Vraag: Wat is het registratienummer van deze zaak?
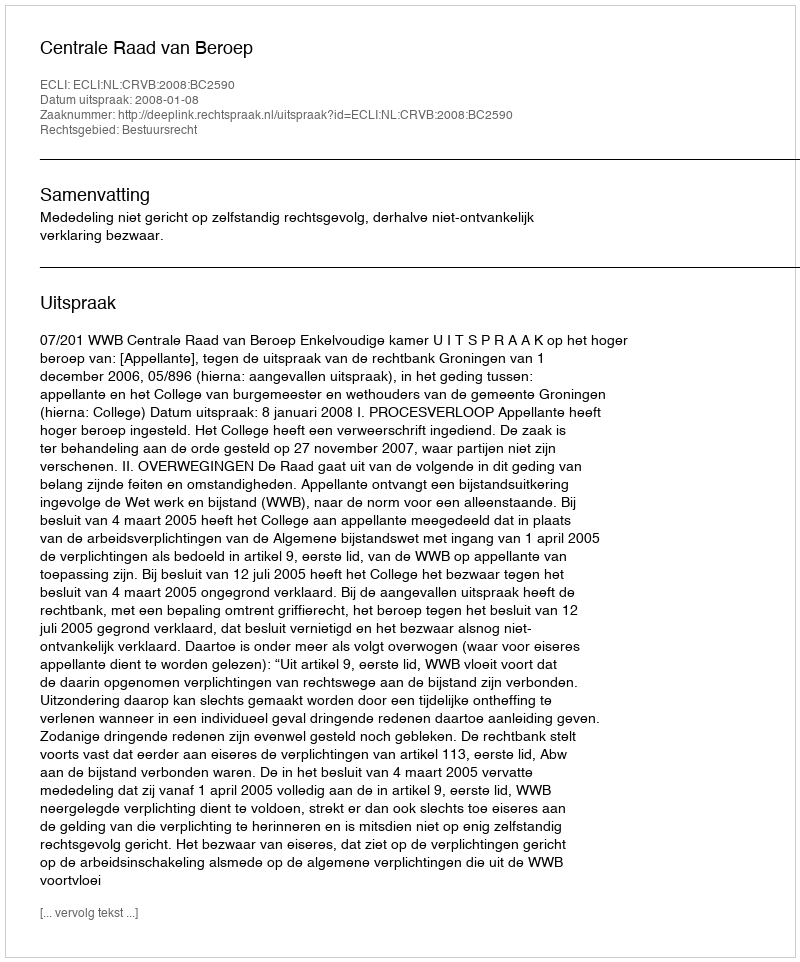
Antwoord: http://deeplink.rechtspraak.nl/uitspraak?id=ECLI:NL:CRVB:2008:BC2590